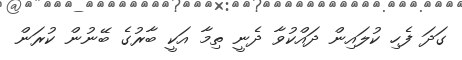
ގަދަ ފެހި ކުލައިން ދައްކުވާ ދެނީ ތިމާ އަކީ ބާރުގެ ބޭނުން ކުރަން